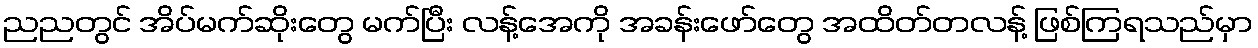
ညညတွင် အိပ်မက်ဆိုးတွေ မက်ပြီး လန့်အေကို အခန်းဖော်တွေ အထိတ်တလန့် ဖြစ်ကြရသည်မှာ